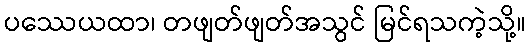
ပဿေယထာ၊ တဖျတ်ဖျတ်အသွင် မြင်ရသကဲ့သို့။